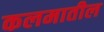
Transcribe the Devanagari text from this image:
कलमातील